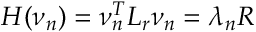
H ( \nu _ { n } ) = \nu _ { n } ^ { T } L _ { r } \nu _ { n } = \lambda _ { n } R